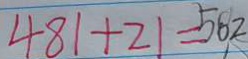
4 8 1 + 2 1 = 5 6 2